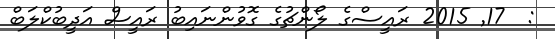
:  17